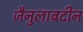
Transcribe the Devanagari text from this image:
जैनुलाबदीन